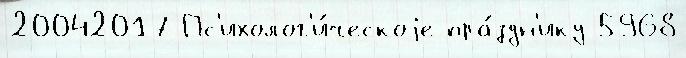
20042017 Пс'ихолог'и́ческоjе пра́здн'ику 5968